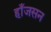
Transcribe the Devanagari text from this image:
हाँजसन